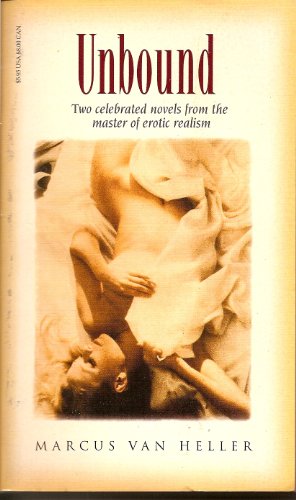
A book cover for Unbound: Two Celebrated Novels from the Master of Erotic Realism; Marcus Van Heller; Romance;